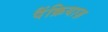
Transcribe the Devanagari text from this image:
पैंक्रियाज़